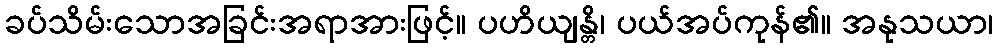
ခပ်သိမ်းသောအခြင်းအရာအားဖြင့်။ ပဟိယျန္တိ၊ ပယ်အပ်ကုန်၏။ အနုသယာ၊